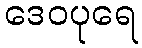
ဒေဝပုရေ